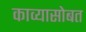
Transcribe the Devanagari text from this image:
काव्यासोबत